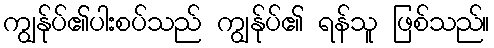
ကျွန်ုပ်၏ပါးစပ်သည် ကျွန်ုပ်၏ ရန်သူ ဖြစ်သည်။